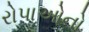
રોપાઓનો